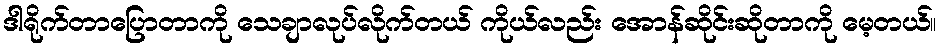
ဒါရိုက်တာပြောတာကို သေချာလုပ်လိုက်တယ် ကိုယ်လည်း အောန်ဆိုင်းဆိုတာကို မေ့တယ်။